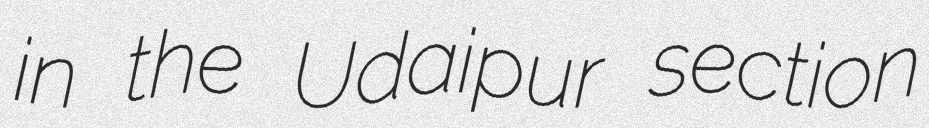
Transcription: in the Udaipur section